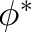
\phi ^ { * }